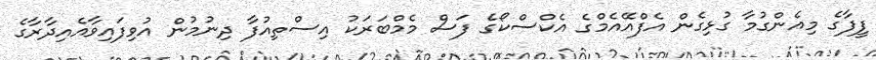
ފީފާގެ މިއެންގުމާ ގުޅިގެން އެފްއޭއެމްގެ އެކްސްކޯގެ ފަސް މެމްބަރަކު އިސްތިއުފާ ދިނުމުން އުވިފައިވާއެއިދާރާގެ